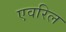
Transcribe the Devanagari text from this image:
एवरिल